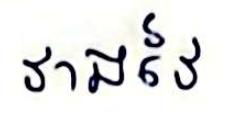
វាងវៃ